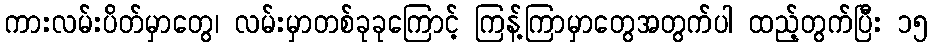
ကားလမ်းပိတ်မှာတွေ၊ လမ်းမှာတစ်ခုခုကြောင့် ကြန့်ကြာမှာတွေအတွက်ပါ ထည့်တွက်ပြီး ၁၅